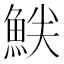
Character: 𫙝